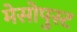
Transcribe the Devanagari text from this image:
मेसोपुस्ट